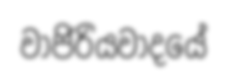
වාජිරියවාදයේ